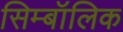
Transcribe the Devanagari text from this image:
सिम्बॉलिक